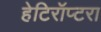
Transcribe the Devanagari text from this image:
हेटिरॉप्टरा